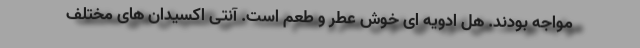
مواجه بودند. هل ادویه ای خوش عطر و طعم است. آنتی اکسیدان های مختلف